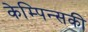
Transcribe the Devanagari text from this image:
केम्पिन्सकी